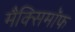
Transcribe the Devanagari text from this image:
मैक्सिमाॅफ